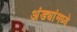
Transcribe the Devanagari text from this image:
अंड्यांमध्ये